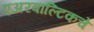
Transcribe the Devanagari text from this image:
एअरबाल्टिकचे